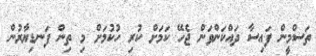
ތަސްމީން ފައިސާ ދައްކަންވަން ޖެހޭ ކަމަށް ކުރި ހުކުމަށް މި ތިން ފަނޑިޔާރުން